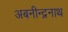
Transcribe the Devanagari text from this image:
अबनीन्द्ननाथ